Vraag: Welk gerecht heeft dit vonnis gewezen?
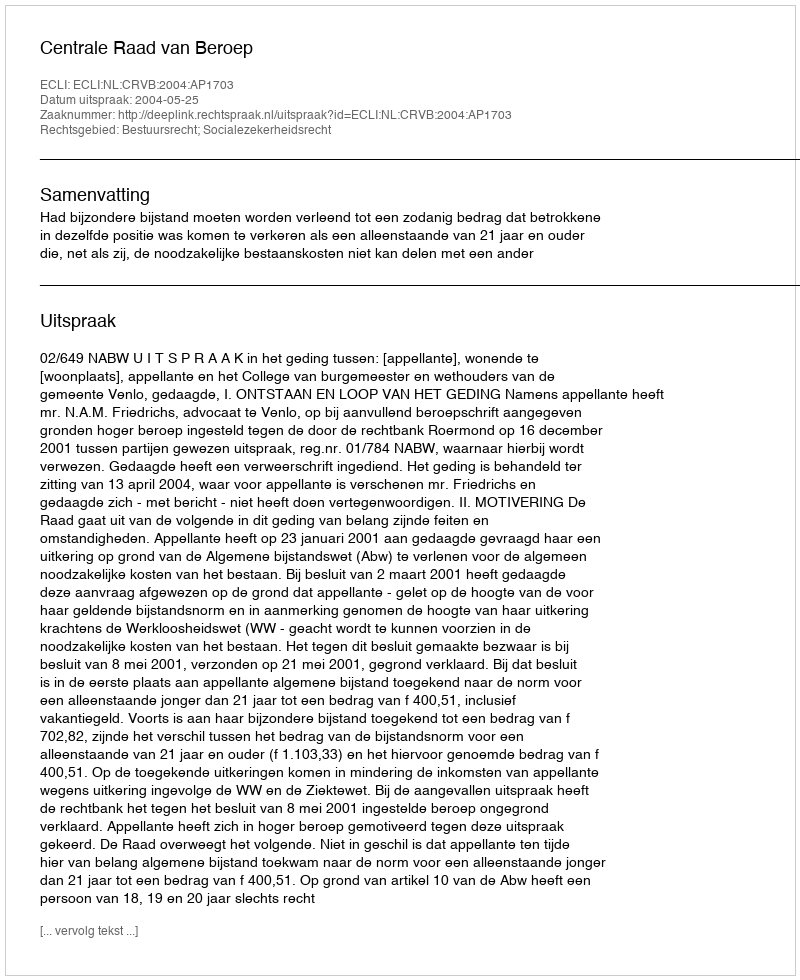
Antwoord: Centrale Raad van Beroep